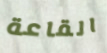
القاعة